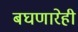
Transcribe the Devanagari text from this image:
बघणारेही